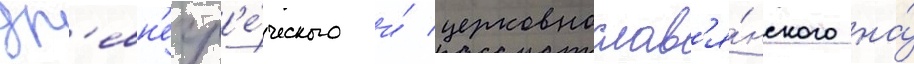
др'евн'егр'е́ческого и́ церковнослав'я́нского на́